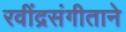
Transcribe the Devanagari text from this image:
रवींद्रसंगीताने